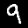
Digit: 9